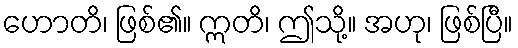
ဟောတိ၊ ဖြစ်၏။ ဣတိ၊ ဤသို့။ အဟု၊ ဖြစ်ပြီ။